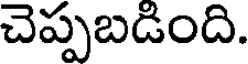
చెప్పబడింది.